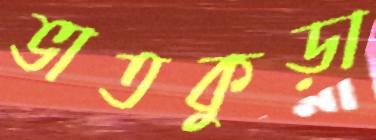
ভাতকুড়া